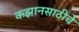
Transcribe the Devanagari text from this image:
कझानसाठीचे